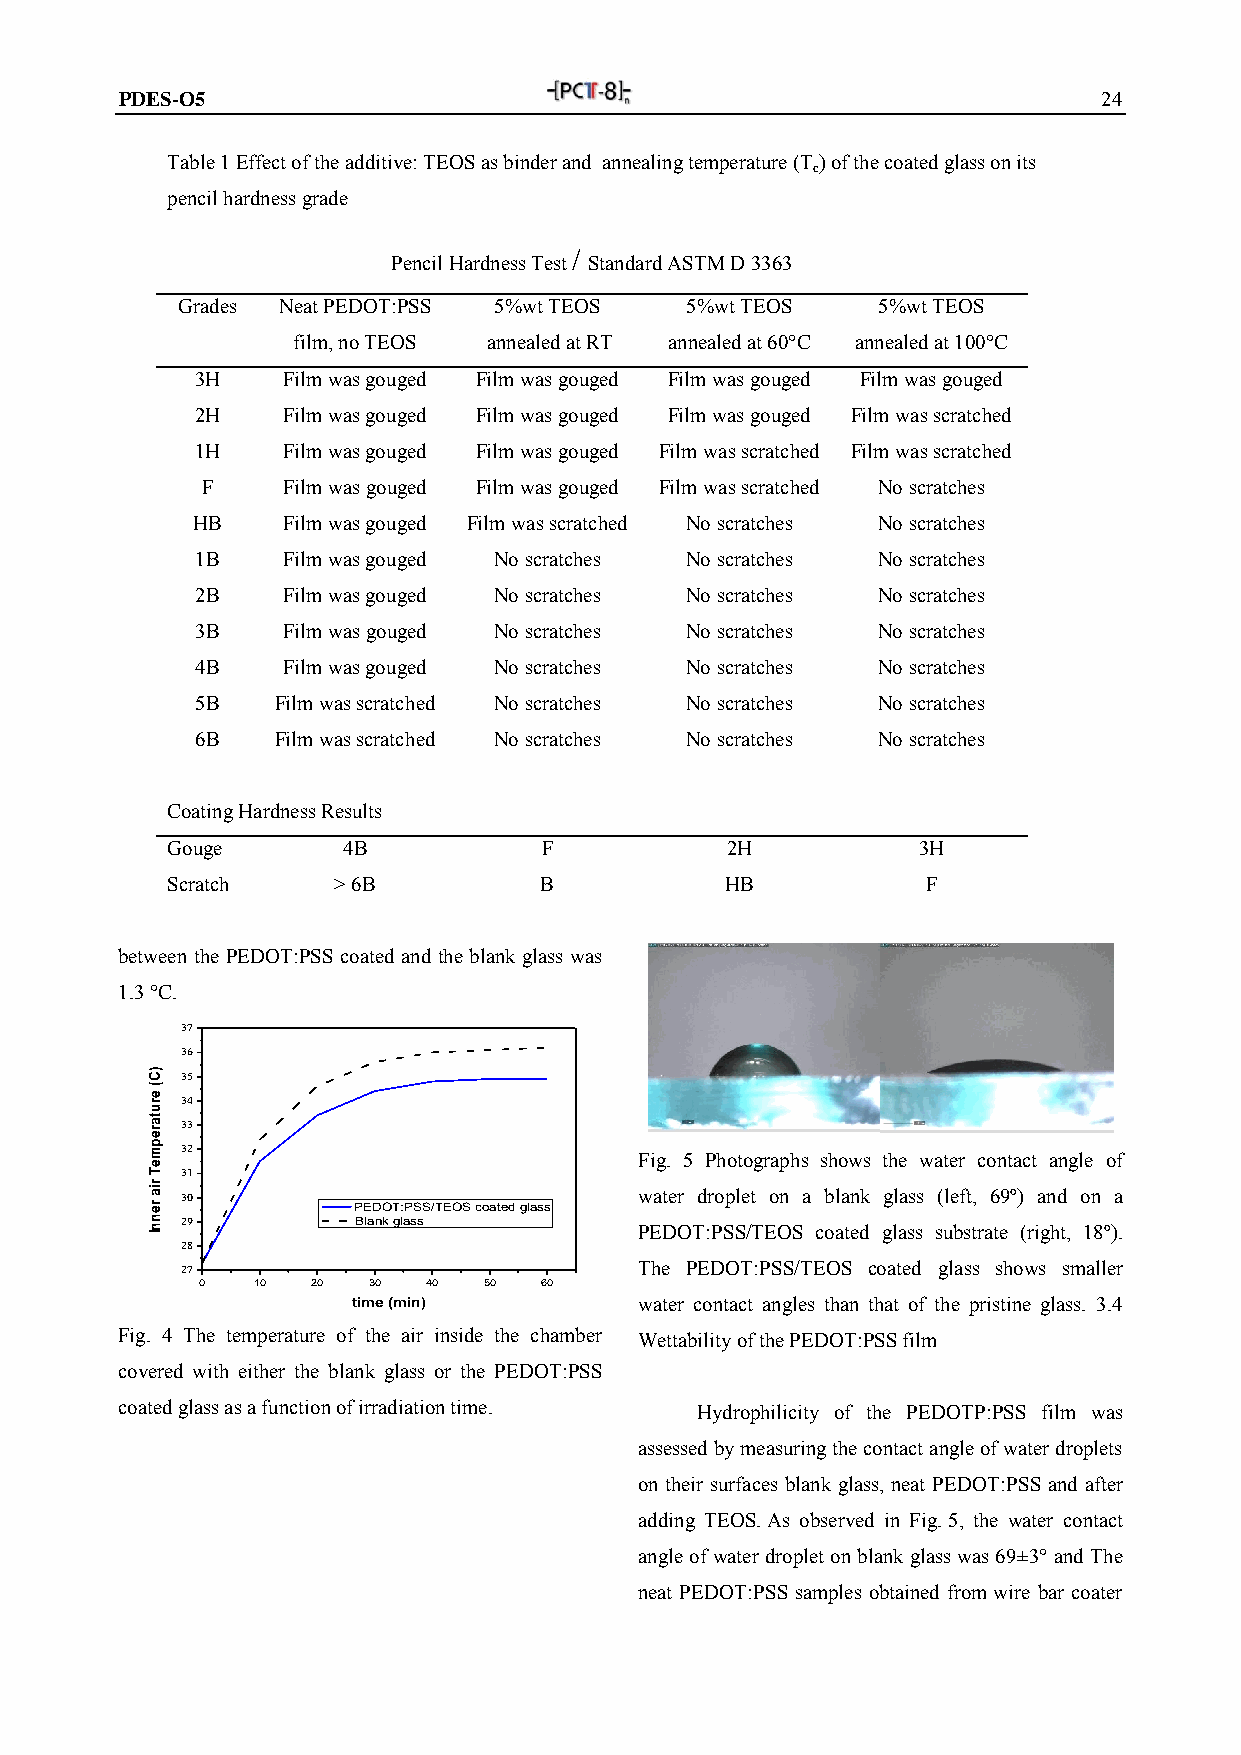
PDES-O5                                                          24
 Table 1 Effect of the additive: TEOS as binder and annealing temperature (T) of the coated glass on its
 c
 pencil hardness grade
 /
 Pencil Hardness Test Standard ASTM D 3363
 Grades Neat PEDOT:PSS 5%wt TEOS  5%wt TEOS    5%wt TEOS
 film, no TEOS annealed at RT annealed at 60°C annealed at 100°C
 3H    Film was gouged Film was gouged Film was gouged Film was gouged
 2H    Film was gouged Film was gouged Film was gouged Film was scratched
 1H    Film was gouged Film was gouged Film was scratched Film was scratched
 F     Film was gouged Film was gouged Film was scratched No scratches
 HB    Film was gouged Film was scratched No scratches No scratches
 1B    Film was gouged No scratches No scratches No scratches
 2B    Film was gouged No scratches No scratches No scratches
 3B    Film was gouged No scratches No scratches No scratches
 4B    Film was gouged No scratches No scratches No scratches
 5B   Film was scratched No scratches No scratches No scratches
 6B   Film was scratched No scratches No scratches No scratches
 Coating Hardness Results
 Gouge       4B           F           2H           3H
 Scratch    > 6B          B           HB           F
 between the PEDOT:PSS coated and the blank glass was
 1.3 °C.
 37
 36
 35
 34
 33
 32
 Fig. 5 Photographs shows the water contact angle of
 31
 30                            water droplet on a blank glass (left, 69º) and on a
 PEDOT:PSS/TEOS coated glass
 29          Blank glass
 PEDOT:PSS/TEOS coated glass substrate (right, 18º).
 28
 27                            The PEDOT:PSS/TEOS coated glass shows smaller
 0   10  20 30  40  50  60
 time (min)         water contact angles than that of the pristine glass. 3.4
 Fig. 4 The temperature of the air inside the chamber Wettability of the PEDOT:PSS film
 covered with either the blank glass or the PEDOT:PSS
 coated glass as a function of irradiation time. Hydrophilicity of the PEDOTP:PSS film was
 assessed by measuring the contact angle of water droplets
 on their surfaces blank glass, neat PEDOT:PSS and after
 adding TEOS. As observed in Fig. 5, the water contact
 angle of water droplet on blank glass was 69±3° and The
 neat PEDOT:PSS samples obtained from wire bar coater
 )C(
 erutarepmeT
 ria
 rennI